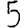
Digit: 5